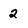
Character: 2